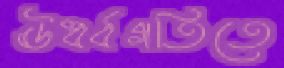
ঊর্ধ্বগতিতে